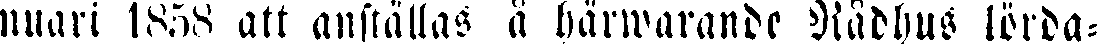
nuari 1858 att anställas å härwarande Rådhus lörda-